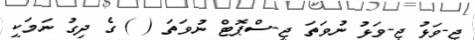
ޖީ-ވަޅު ޖީ-ވަޅު ނުވަތަ ޖީ-ސްޕޮޓް ނުވަތަ ( ) ގެ ދިގު ނަމަކީ